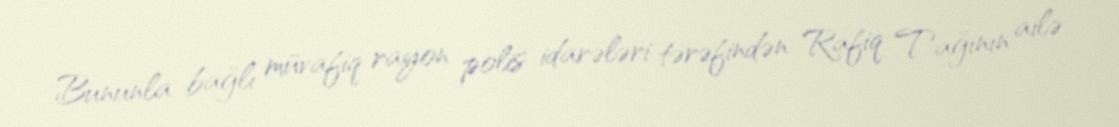
Bununla bağlı müvafiq rayon polis idarələri tərəfindən Rafiq Tağının ailə